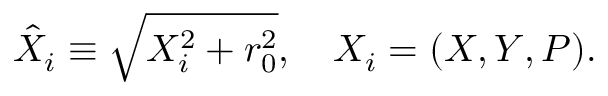
\hat { X } _ { i } \equiv \sqrt { X _ { i } ^ { 2 } + r _ { 0 } ^ { 2 } } , \ \ \ X _ { i } = ( X , Y , P ) .